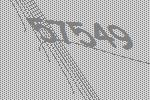
57549